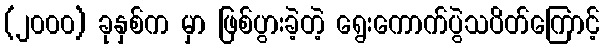
(၂၀၀၀) ခုနှစ်က မှာ ဖြစ်ပွားခဲ့တဲ့ ရွေးကောက်ပွဲသပိတ်ကြောင့်